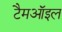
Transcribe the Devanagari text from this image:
टैमऑइल